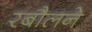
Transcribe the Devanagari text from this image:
रबौलने